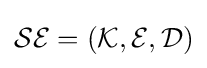
{\mathcal {S}}{\mathcal {E}}=({\mathcal {K}},{\mathcal {E}},{\mathcal {D}})